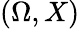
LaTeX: \left(\Omega,X\right)